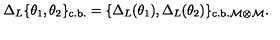
\Delta _ { L } \{ \theta _ { 1 } , \theta _ { 2 } \} _ { \mathrm { c . b . } } = \{ \Delta _ { L } ( \theta _ { 1 } ) , \Delta _ { L } ( \theta _ { 2 } ) \} _ { \mathrm { c . b . } \cal { M } \otimes \cal { M } } .